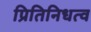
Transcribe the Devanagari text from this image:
प्रितिनिधत्व